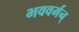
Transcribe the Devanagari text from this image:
भववर्मन्‌